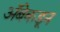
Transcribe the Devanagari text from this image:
अॅबेकडून